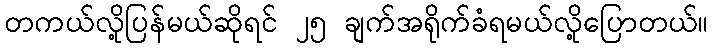
တကယ်လို့ပြန်မယ်ဆိုရင် ၂၅ ချက်အရိုက်ခံရမယ်လို့ပြောတယ်။